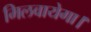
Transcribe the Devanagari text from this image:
मिलवायेगा।